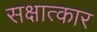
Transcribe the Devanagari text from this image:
सक्षात्कार